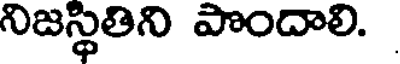
నిజస్థితిని పొందాలి.